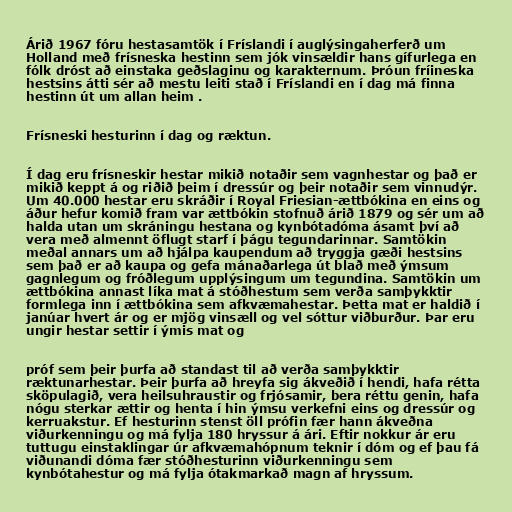
Árið 1967 fóru hestasamtök í Fríslandi í auglýsingaherferð um
Holland með frísneska hestinn sem jók vinsældir hans gífurlega en
fólk dróst að einstaka geðslaginu og karakternum. Þróun fríineska
hestsins átti sér að mestu leiti stað í Fríslandi en í dag má finna
hestinn út um allan heim .

Frísneski hesturinn í dag og ræktun.

Í dag eru frísneskir hestar mikið notaðir sem vagnhestar og það er
mikið keppt á og riðið þeim í dressúr og þeir notaðir sem vinnudýr.
Um 40.000 hestar eru skráðir í Royal Friesian-ættbókina en eins og
áður hefur komið fram var ættbókin stofnuð árið 1879 og sér um að
halda utan um skráningu hestana og kynbótadóma ásamt því að
vera með almennt öflugt starf í þágu tegundarinnar. Samtökin
meðal annars um að hjálpa kaupendum að tryggja gæði hestsins
sem það er að kaupa og gefa mánaðarlega út blað með ýmsum
gagnlegum og fróðlegum upplýsingum um tegundina. Samtökin um
ættbókina annast líka mat á stóðhestum sem verða samþykktir
formlega inn í ættbókina sem afkvæmahestar. Þetta mat er haldið í
janúar hvert ár og er mjög vinsæll og vel sóttur viðburður. Þar eru
ungir hestar settir í ýmis mat og

próf sem þeir þurfa að standast til að verða samþykktir
ræktunarhestar. Þeir þurfa að hreyfa sig ákveðið í hendi, hafa rétta
sköpulagið, vera heilsuhraustir og frjósamir, bera réttu genin, hafa
nógu sterkar ættir og henta í hin ýmsu verkefni eins og dressúr og
kerruakstur. Ef hesturinn stenst öll prófin fær hann ákveðna
viðurkenningu og má fylja 180 hryssur á ári. Eftir nokkur ár eru
tuttugu einstaklingar úr afkvæmahópnum teknir í dóm og ef þau fá
viðunandi dóma fær stóðhesturinn viðurkenningu sem
kynbótahestur og má fylja ótakmarkað magn af hryssum.